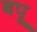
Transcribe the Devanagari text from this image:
बपू